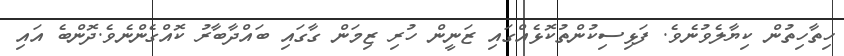
ހިތާހިތުން ކިޔާލެވުނެވެ. ފަޅިސިކުންތުކޮޅެއްގައި ޒަނީން ހުރި ޒިމަން ގާގައި ބައްދާބާރު ކޮއްގެންނެވެ.ދޮންބެ އައި